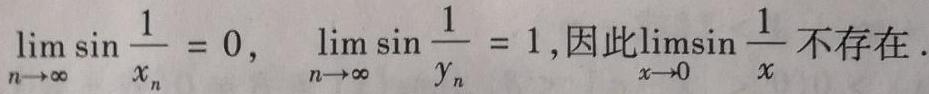
\[\lim_{n \to \infty} \sin \frac{1}{x_n} = 0, \quad \lim_{n \to \infty} \sin \frac{1}{y_n} = 1, \text{因此} \lim_{x \to 0} \sin \frac{1}{x} \text{不存在}.\]